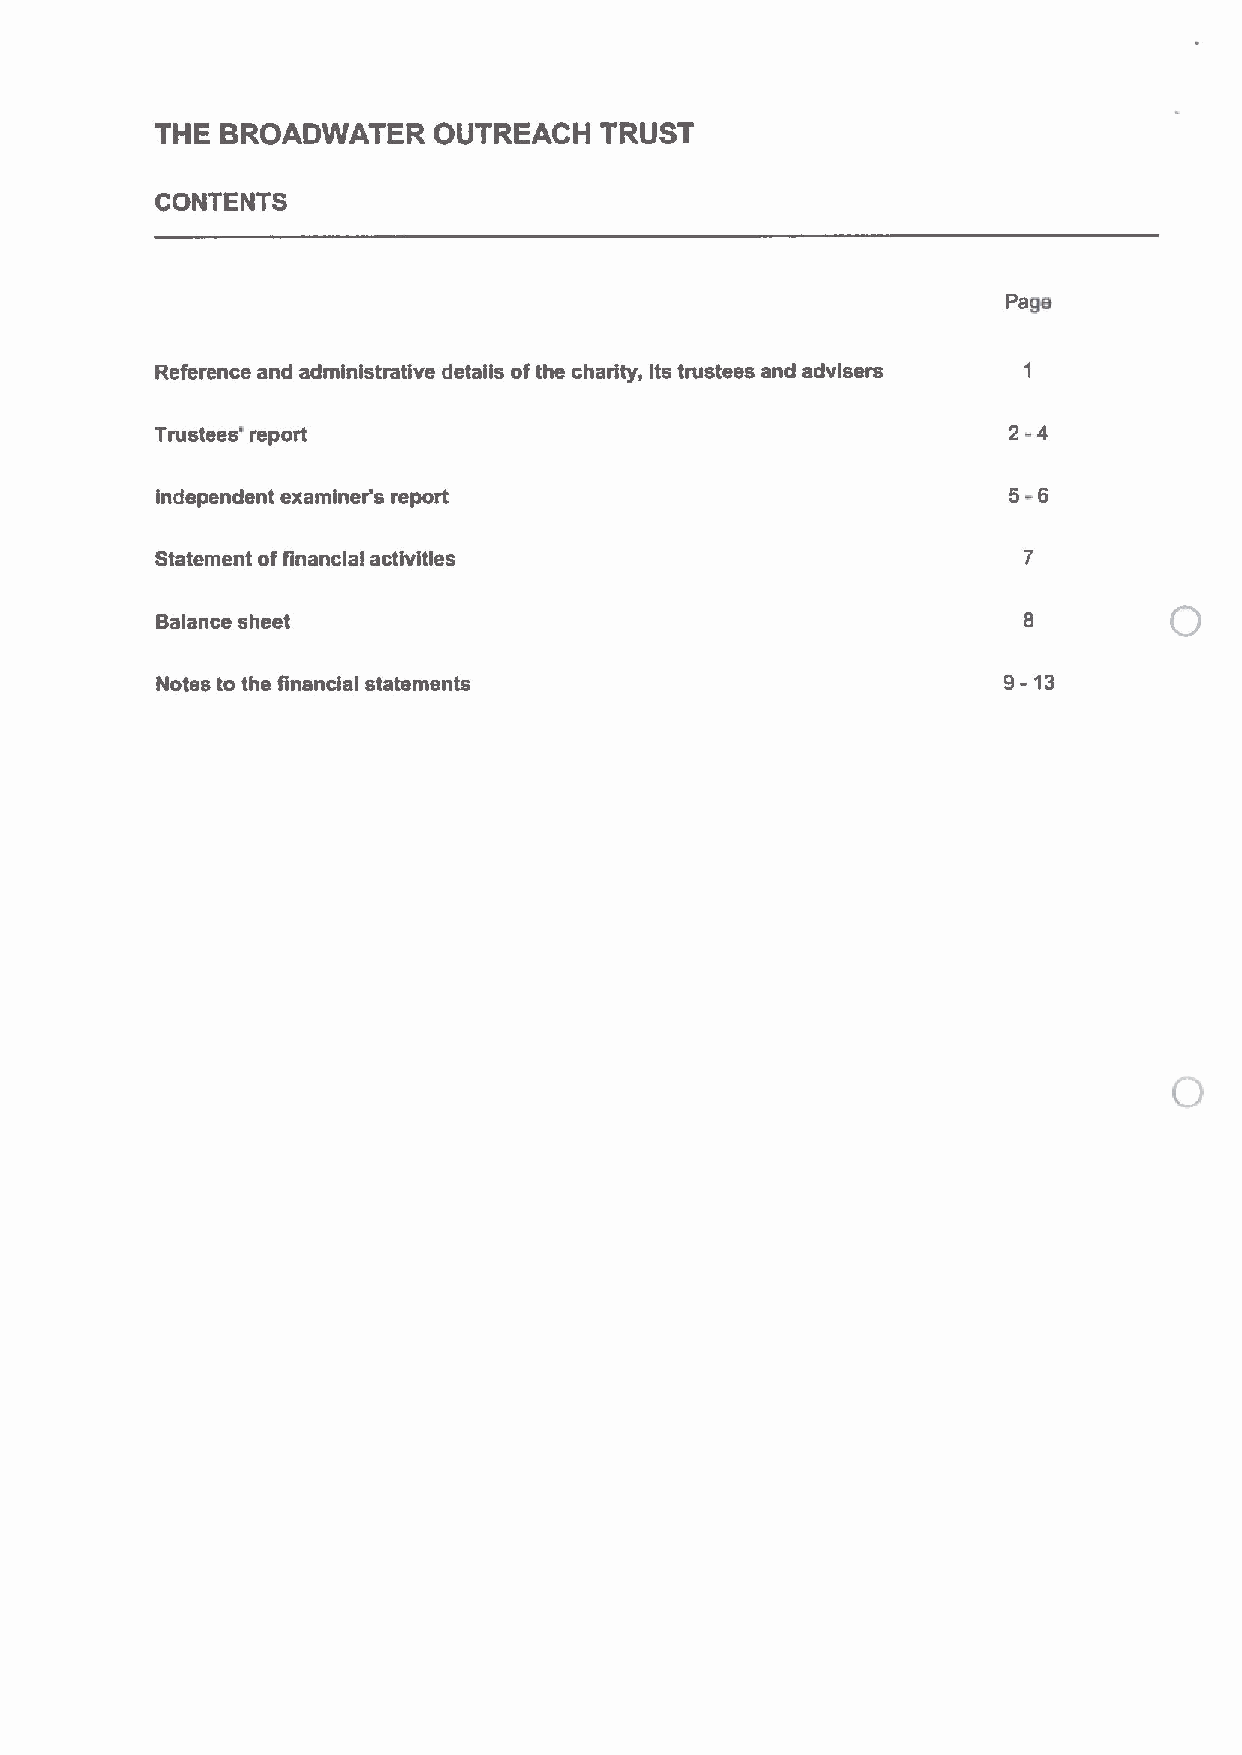
THE  BROADWATER    OUTREACH   TRUST
 CONTENTS
 Page
 Reference and administrative details ofthe charity, its trustees and advisers
 2-4
 Trustees' report
 5-6
 independent examiner's report
 Statement offinancial activities
 Balance sheet
 9-13
 Notes to the financial statements